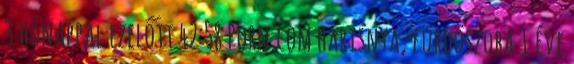
3 hónappal ezelőtt 42:58 Porn.com harisnya, fürdöszoba 1 éve